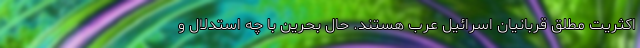
اکثریت مطلق قربانیان اسرائیل عرب هستند. حال بحرین با چه استدلال و